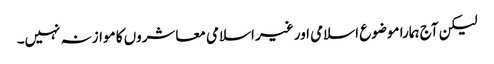
لیکن آج ہمارا موضوع اسلامی اور غیر اسلامی معاشروں کا موازنہ نہیں۔